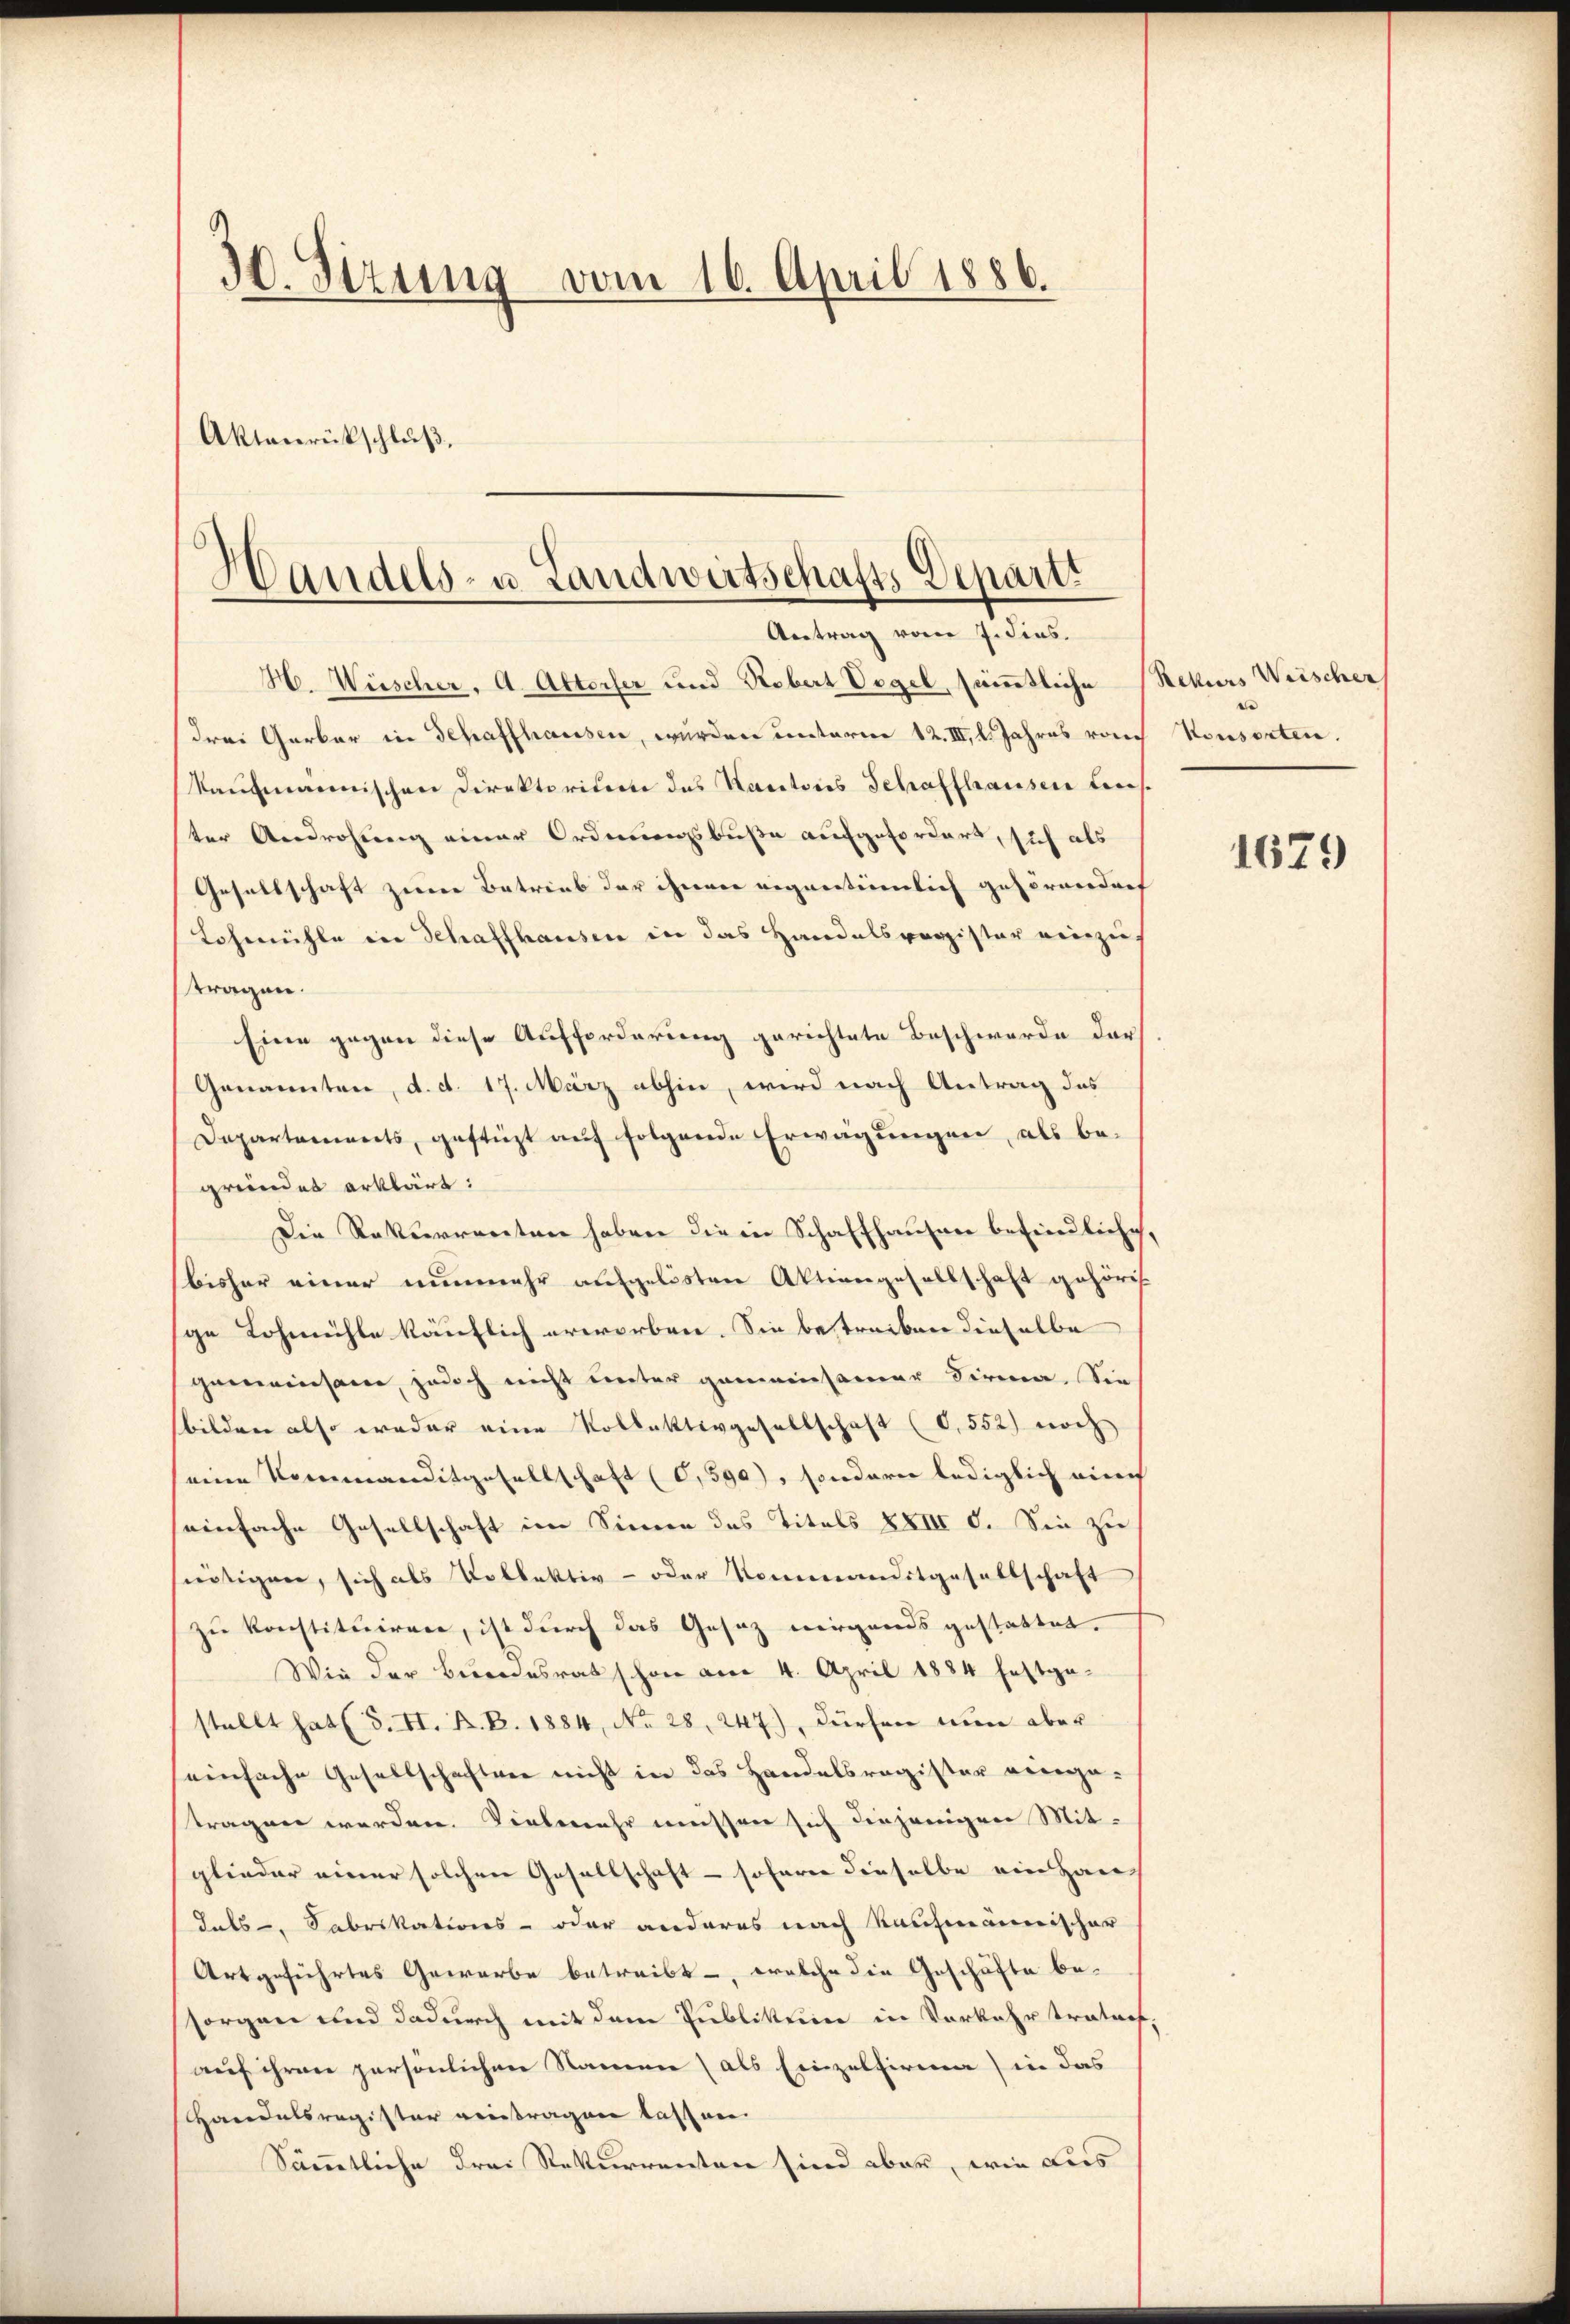
30. Sezung vom 16. April 1886.

Handels- u. Landwirtschafts Departi
Antrag vom J. Fins.

Aktenrückschluß.

H. Wünscher. A. Altorfer und Robert Vogel, sämmtliche Rekurs Weischer
drei Garbar in Schaffhausen, wurden unterne 12. III, l. Jahres von
kaufmannischen Direktoriterte des Kantons Schaffhausen Leister Androhung einer Ordnungsbuße aufgefordert, sich als
Gesellschaft zum Betrieb der ihnen eigentümlich gehörendich
Lohmühle in Schaffhausen in das Handelsvergister einzie
tragen.
Eine gegen diese Aufforderung gerichtete Beschwerde der
Genannten, d. d. 17. März abhin, wird nach Antrag des
Departements, gestüzt auf folgende Erwägungen, als be-
gründet erklärt:
Die Rekurrenten haben die in Schaffhausen befindliche,
bisher einer nunmehr aufgelösten Aktiengesellschaft gehörig
ge Lohmühle käuflich erworben. Sie bestreiben dieselbe
gemeinsam, jedoch nicht unter gemeinsamer Firma. Sie
bilden also weder eine Kollektivgesellschaft (O.552) noch
eine Kommanditgesellschaft (0,590), sondern lediglich ainis
seinfache Gesellschaft im Sinnern des Titels XXIII 5. Sie zu
seitigen, sich als Vollektiv- oder Nommanditgesellschaft
zu konstituiren, ist durch das Gesetz nirgends gestattet.
Wie der Bundesrat schon am 4. April 1884 festge-
stellt hat S. II. R. B. 1884, No 28. 247), dürfen nun aber
seinfache Gesellschafter nicht in das Handelsregister einge-
tragen werden. Vielmehr müssen sich diejenigen Mitglieder einer solchen Gesellschaft - soferne dieselbe ein Haus
Lats-, Fabrikations- oder anderes nach Kaufmännischer
Artgeführtes Gewerbe betreibt -, welche die Geschäfte be-
sorgen und dadurch mit dem Publikum in Vorkehr tratoch
auf ihren persönlichen Namen (als Einzelfirma in das
Handelsregister eintragen lassen.
Sämmtliche drei Rekurrenten sind aber, wie dies

Konsorten.

1679